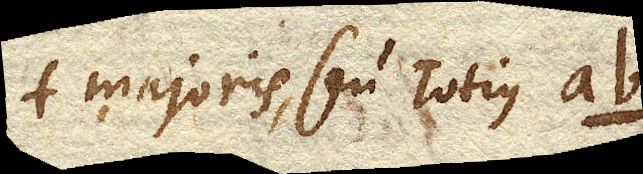
majoris, seu totius ab.